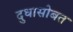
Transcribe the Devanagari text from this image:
दुधासोबत